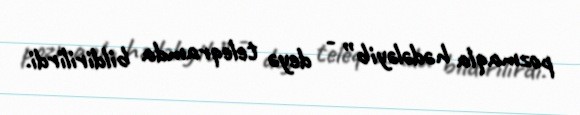
pozmaqla hədələyib” - deyə teleqramda bildirilirdi.